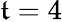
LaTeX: \mathfrak{t}=4